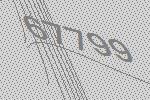
67799